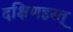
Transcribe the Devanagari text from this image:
दक्षिणहस्त्